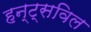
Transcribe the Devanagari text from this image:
हन्ट्सविल